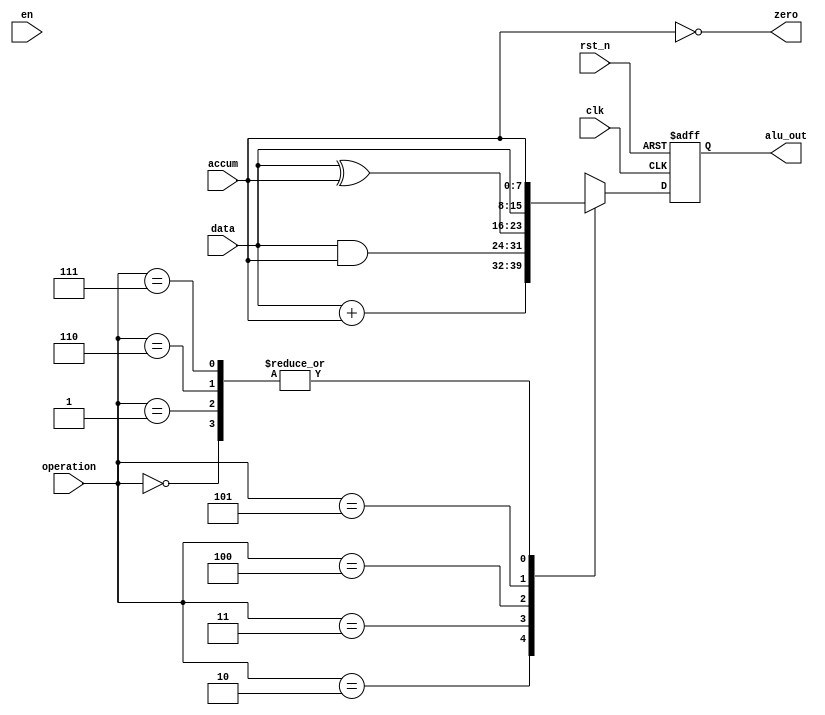
`timescale 1ns / 1ps
//////////////////////////////////////////////////////////////////////////////////
// Company: 
// Engineer: 
// 
// Design Name: 
// Module Name: alu
// Project Name: 
// Target Devices: 
// Tool Versions: 
// Description: 
// 
// Dependencies: 
// 
// Revision:
// Revision 0.01 - File Created
// Additional Comments:
// 
//////////////////////////////////////////////////////////////////////////////////


module alu(
    input clk,
    input rst_n,
    input en,
    input [7:0] accum,
    input [7:0] data,
    input [2:0] operation,
    output zero,
    output reg [7:0] alu_out
    );

    parameter HLT = 3'b000,
              SKZ = 3'b001,
              ADD = 3'b010,
              ANDD = 3'b011,
              XORR = 3'b100,
              LDA = 3'b101,
              STO = 3'b110,
              JMP = 3'b111;
    
    assign zero = !accum;
    
    always@(posedge clk or negedge rst_n) begin
        if(!rst_n) alu_out <= 8'bxxxx_xxxx;
        else
            casex(operation)
                HLT :alu_out <= accum;
                SKZ :alu_out <= accum;
                ADD :alu_out <= data + accum;
                ANDD:alu_out <= data & accum;
                XORR:alu_out <= data ^ accum;
                LDA :alu_out <= data;
                STO :alu_out <= accum;
                JMP :alu_out <= accum;
                default: alu_out <= 8'bxxxx_xxxx;
            endcase          

    end






endmodule